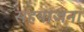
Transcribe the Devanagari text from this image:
सहयाजना